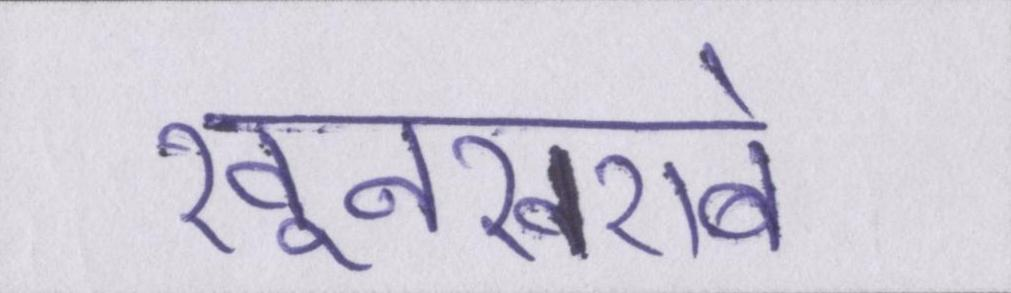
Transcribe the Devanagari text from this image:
खूनखराबे